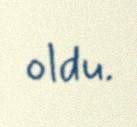
oldu.